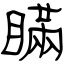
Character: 瞞